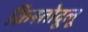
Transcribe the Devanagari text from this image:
क्रिस्तोदूलू